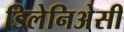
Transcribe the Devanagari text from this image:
डिलेनिअेसी